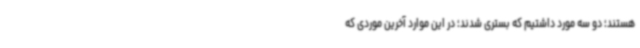
هستند؛ دو سه مورد داشتیم که بستری شدند؛ در این موارد آخرین موردی که